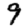
Digit: 9